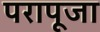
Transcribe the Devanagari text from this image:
परापूजा